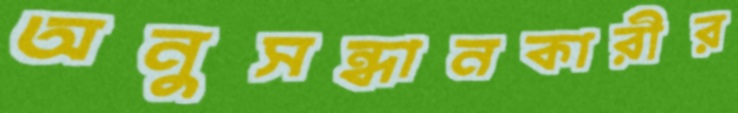
অনুসন্ধানকারীর